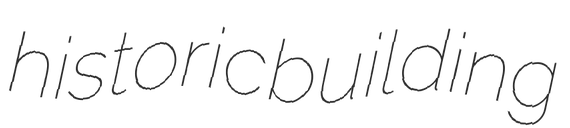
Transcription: historic building